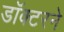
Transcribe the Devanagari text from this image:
डॉक्‍टरने